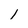
Character: 1